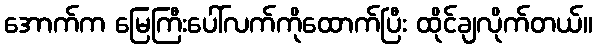
အောက်က မြေကြီးပေါ်လက်ကိုထောက်ပြီး ထိုင်ချလိုက်တယ်။